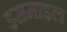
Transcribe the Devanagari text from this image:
इसमाइल